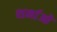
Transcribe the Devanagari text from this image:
शर्माओ